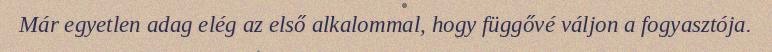
Már egyetlen adag elég az első alkalommal, hogy függővé váljon a fogyasztója.